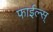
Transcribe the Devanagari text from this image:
फाईल्स्